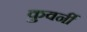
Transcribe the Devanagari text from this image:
कुवर्नी